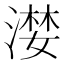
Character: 漤